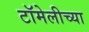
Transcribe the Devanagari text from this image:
टॉमेलीच्या